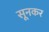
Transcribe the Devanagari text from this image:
सूनकर